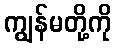
ကျွန်မတို့ကို